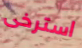
استرخى